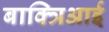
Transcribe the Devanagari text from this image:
बाक्त्रिआई